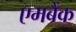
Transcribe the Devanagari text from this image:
एमबैंक